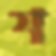
শ